Treatise on elephants
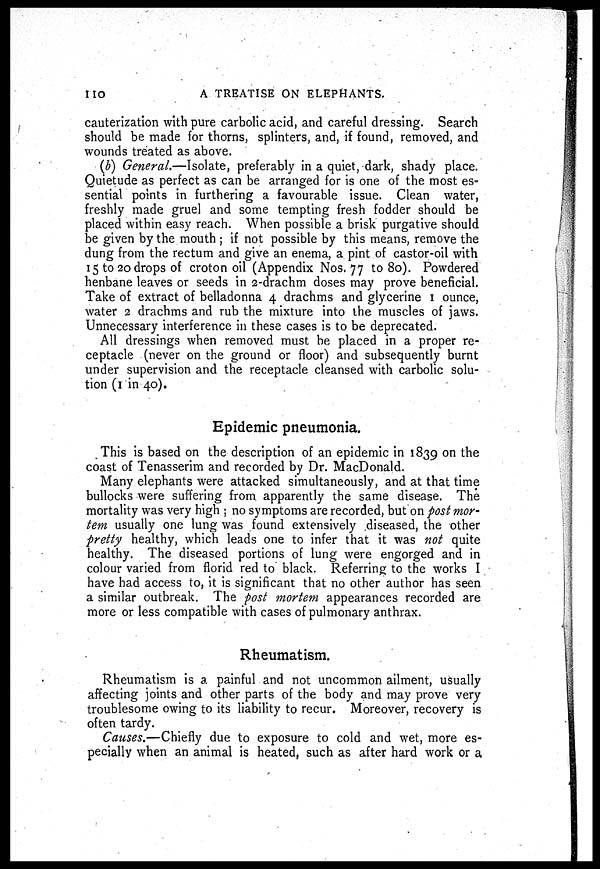
110
A TREATISE ON ELEPHANTS.
cauterization with pure carbolic acid, and careful dressing. Search
should be made for thorns, splinters, and, if found, removed, and
wounds treated as above.
(b) General.—Isolate, preferably in a quiet, dark, shady place.
Quietude as perfect as can be arranged for is one of the most es-
sential points in furthering a favourable issue. Clean water,
freshly made gruel and some tempting fresh fodder should be
placed within easy reach. When possible a brisk purgative should
be given by the mouth ; if not possible by this means, remove the
dung from the rectum and give an enema, a pint of castor-oil with
15 to 20 drops of croton oil (Appendix Nos. 77 to 80). Powdered
henbane leaves or seeds in 2-drachm doses may prove beneficial.
Take of extract of belladonna 4 drachms and glycerine 1 ounce,
water 2 drachms and rub the mixture into the muscles of jaws.
Unnecessary interference in these cases is to be deprecated.
All dressings when removed must be placed in a proper re-
ceptacle (never on the ground or floor) and subsequently burnt
under supervision and the receptacle cleansed with carbolic solu-
tion (1 in 40).
Epidemic pneumonia.
This is based on the description of an epidemic in 1839 on the
coast of Tenasserim and recorded by Dr. MacDonald.
Many elephants were attacked simultaneously, and at that time
bullocks were suffering from apparently the same disease. The
mortality was very high ; no symptoms are recorded, but on post mor-
tem usually one lung was found extensively diseased, the other
pretty healthy, which leads one to infer that it was not quite
healthy. The diseased portions of lung were engorged and in
colour varied from florid red to black. Referring to the works I
have had access to, it is significant that no other author has seen
a similar outbreak. The post mortem appearances recorded are
more or less compatible with cases of pulmonary anthrax.
Rheumatism.
Rheumatism is a painful and not uncommon ailment, usually
affecting joints and other parts of the body and may prove very
troublesome owing to its liability to recur. Moreover, recovery is
often tardy.
Causes.—Chiefly due to exposure to cold and wet, more es-
pecially when an animal is heated, such as after hard work or a